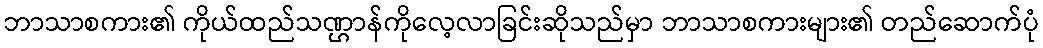
ဘာသာစကား၏ ကိုယ်ထည်သဏ္ဌာန်ကိုလေ့လာခြင်းဆိုသည်မှာ ဘာသာစကားများ၏ တည်ဆောက်ပုံ